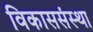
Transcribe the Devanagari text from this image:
विकाससंस्था